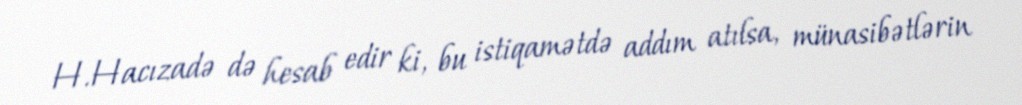
H.Hacızadə də hesab edir ki, bu istiqamətdə addım atılsa, münasibətlərin